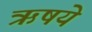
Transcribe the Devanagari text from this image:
ऋषये